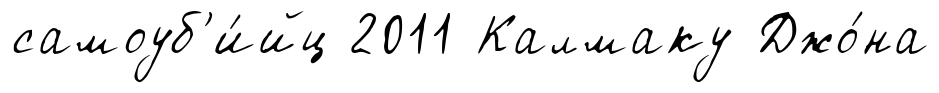
самоуб'и́йц 2011 Калмаку Джо́на